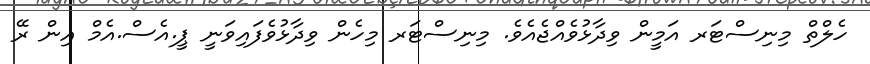
ހެލްތް މިނިސްޓަރ އަމީން ވިދާޅުވެއްޖެއެވެ. މިނިސްޓަރ މިހެން ވިދާޅުވެފައިވަނީ ޕީ.އެސް.އެމް އިން ރޭ